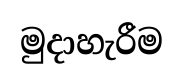
මුදාහැරීම